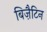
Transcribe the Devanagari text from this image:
बिज़ैटिन